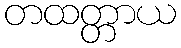
တထတ္တာယ